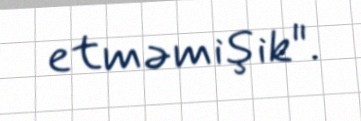
etməmişik".